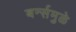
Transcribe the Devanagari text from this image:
बर्न्समुळे